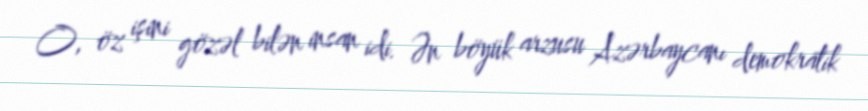
O, öz işini gözəl bilən insan idi. Ən böyük arzusu Azərbaycanı demokratik